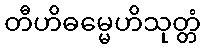
တီဟိဓမ္မေဟိသုတ္တံ